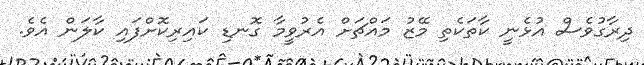
ދިރާގުވެސް އުޅެނީ ކާތަކެތި މޭޒު މައްޗަށް އެރުވީމާ ގޮނޑި ކައިރިކޮށްފައި ކާލަން އެވެ.